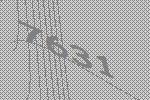
7631